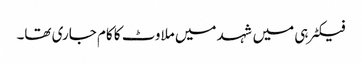
فیکٹرہی میں شہد میں ملاوٹ کا کام جاری تھا۔